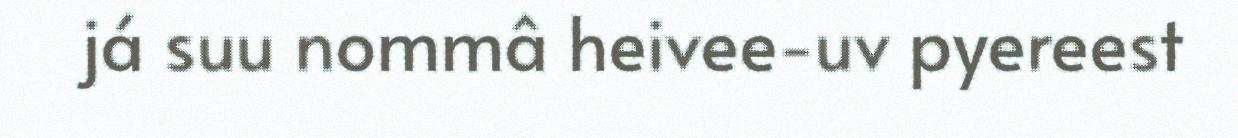
já suu nommâ heivee-uv pyereest